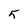
Character: 5